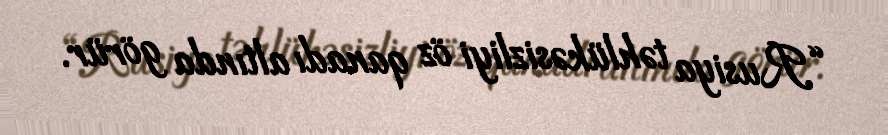
“Rusiya təhlükəsizliyi öz qanadı altında görür.